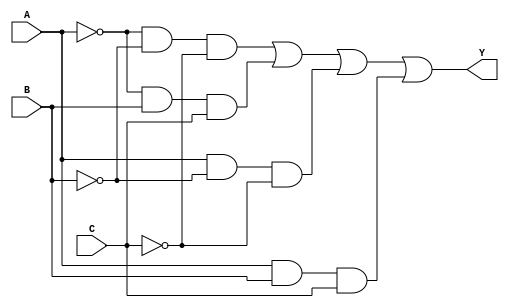
module kmap_3var (
    input wire A,  // Input variable A
    input wire B,  // Input variable B
    input wire C,  // Input variable C
    output wire Y  // Output of the combinational logic
);

// K-map implementation
// Assuming the following minterms are 1: m0, m3, m4, m7
// m0: A=0, B=0, C=0
// m3: A=0, B=1, C=1
// m4: A=1, B=0, C=0
// m7: A=1, B=1, C=1

assign Y = (~A & ~B & ~C) |  // m0
           (~A & B & C) |    // m3
           (A & ~B & ~C) |   // m4
           (A & B & C);      // m7

endmodule